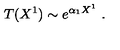
T ( X ^ { 1 } ) \sim e ^ { \alpha _ { 1 } X ^ { 1 } } \ .